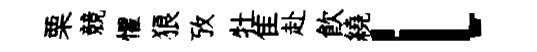
栗競懼狼攷牡隹赴飲繞l